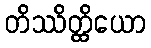
တိဿိတ္ထိယော